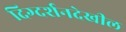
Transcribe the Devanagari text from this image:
दिग्दर्शनदेखील